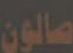
صالون